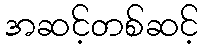
အဆင့်တစ်ဆင့်